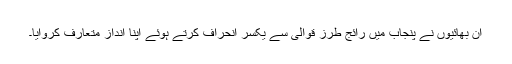
ان بھائیوں نے پنجاب میں رائج طرز قوالی سے یکسر انحراف کرتے ہوئے اپنا انداز متعارف کروایا۔